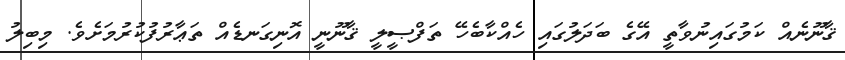
ޤާނޫނެއް ކަމުގައިނުވާތީ އޭގެ ބަދަލުގައި ހެއްކާބެހޭ ތަފްޞީލީ ޤާނޫނީ އޮނިގަނޑެއް ތަޢާރުފުކުރުމަށެވެ. މިބިލު